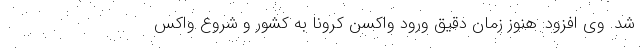
شد. وی افزود: هنوز زمان دقیق ورود واکسن کرونا به کشور و شروع واکس